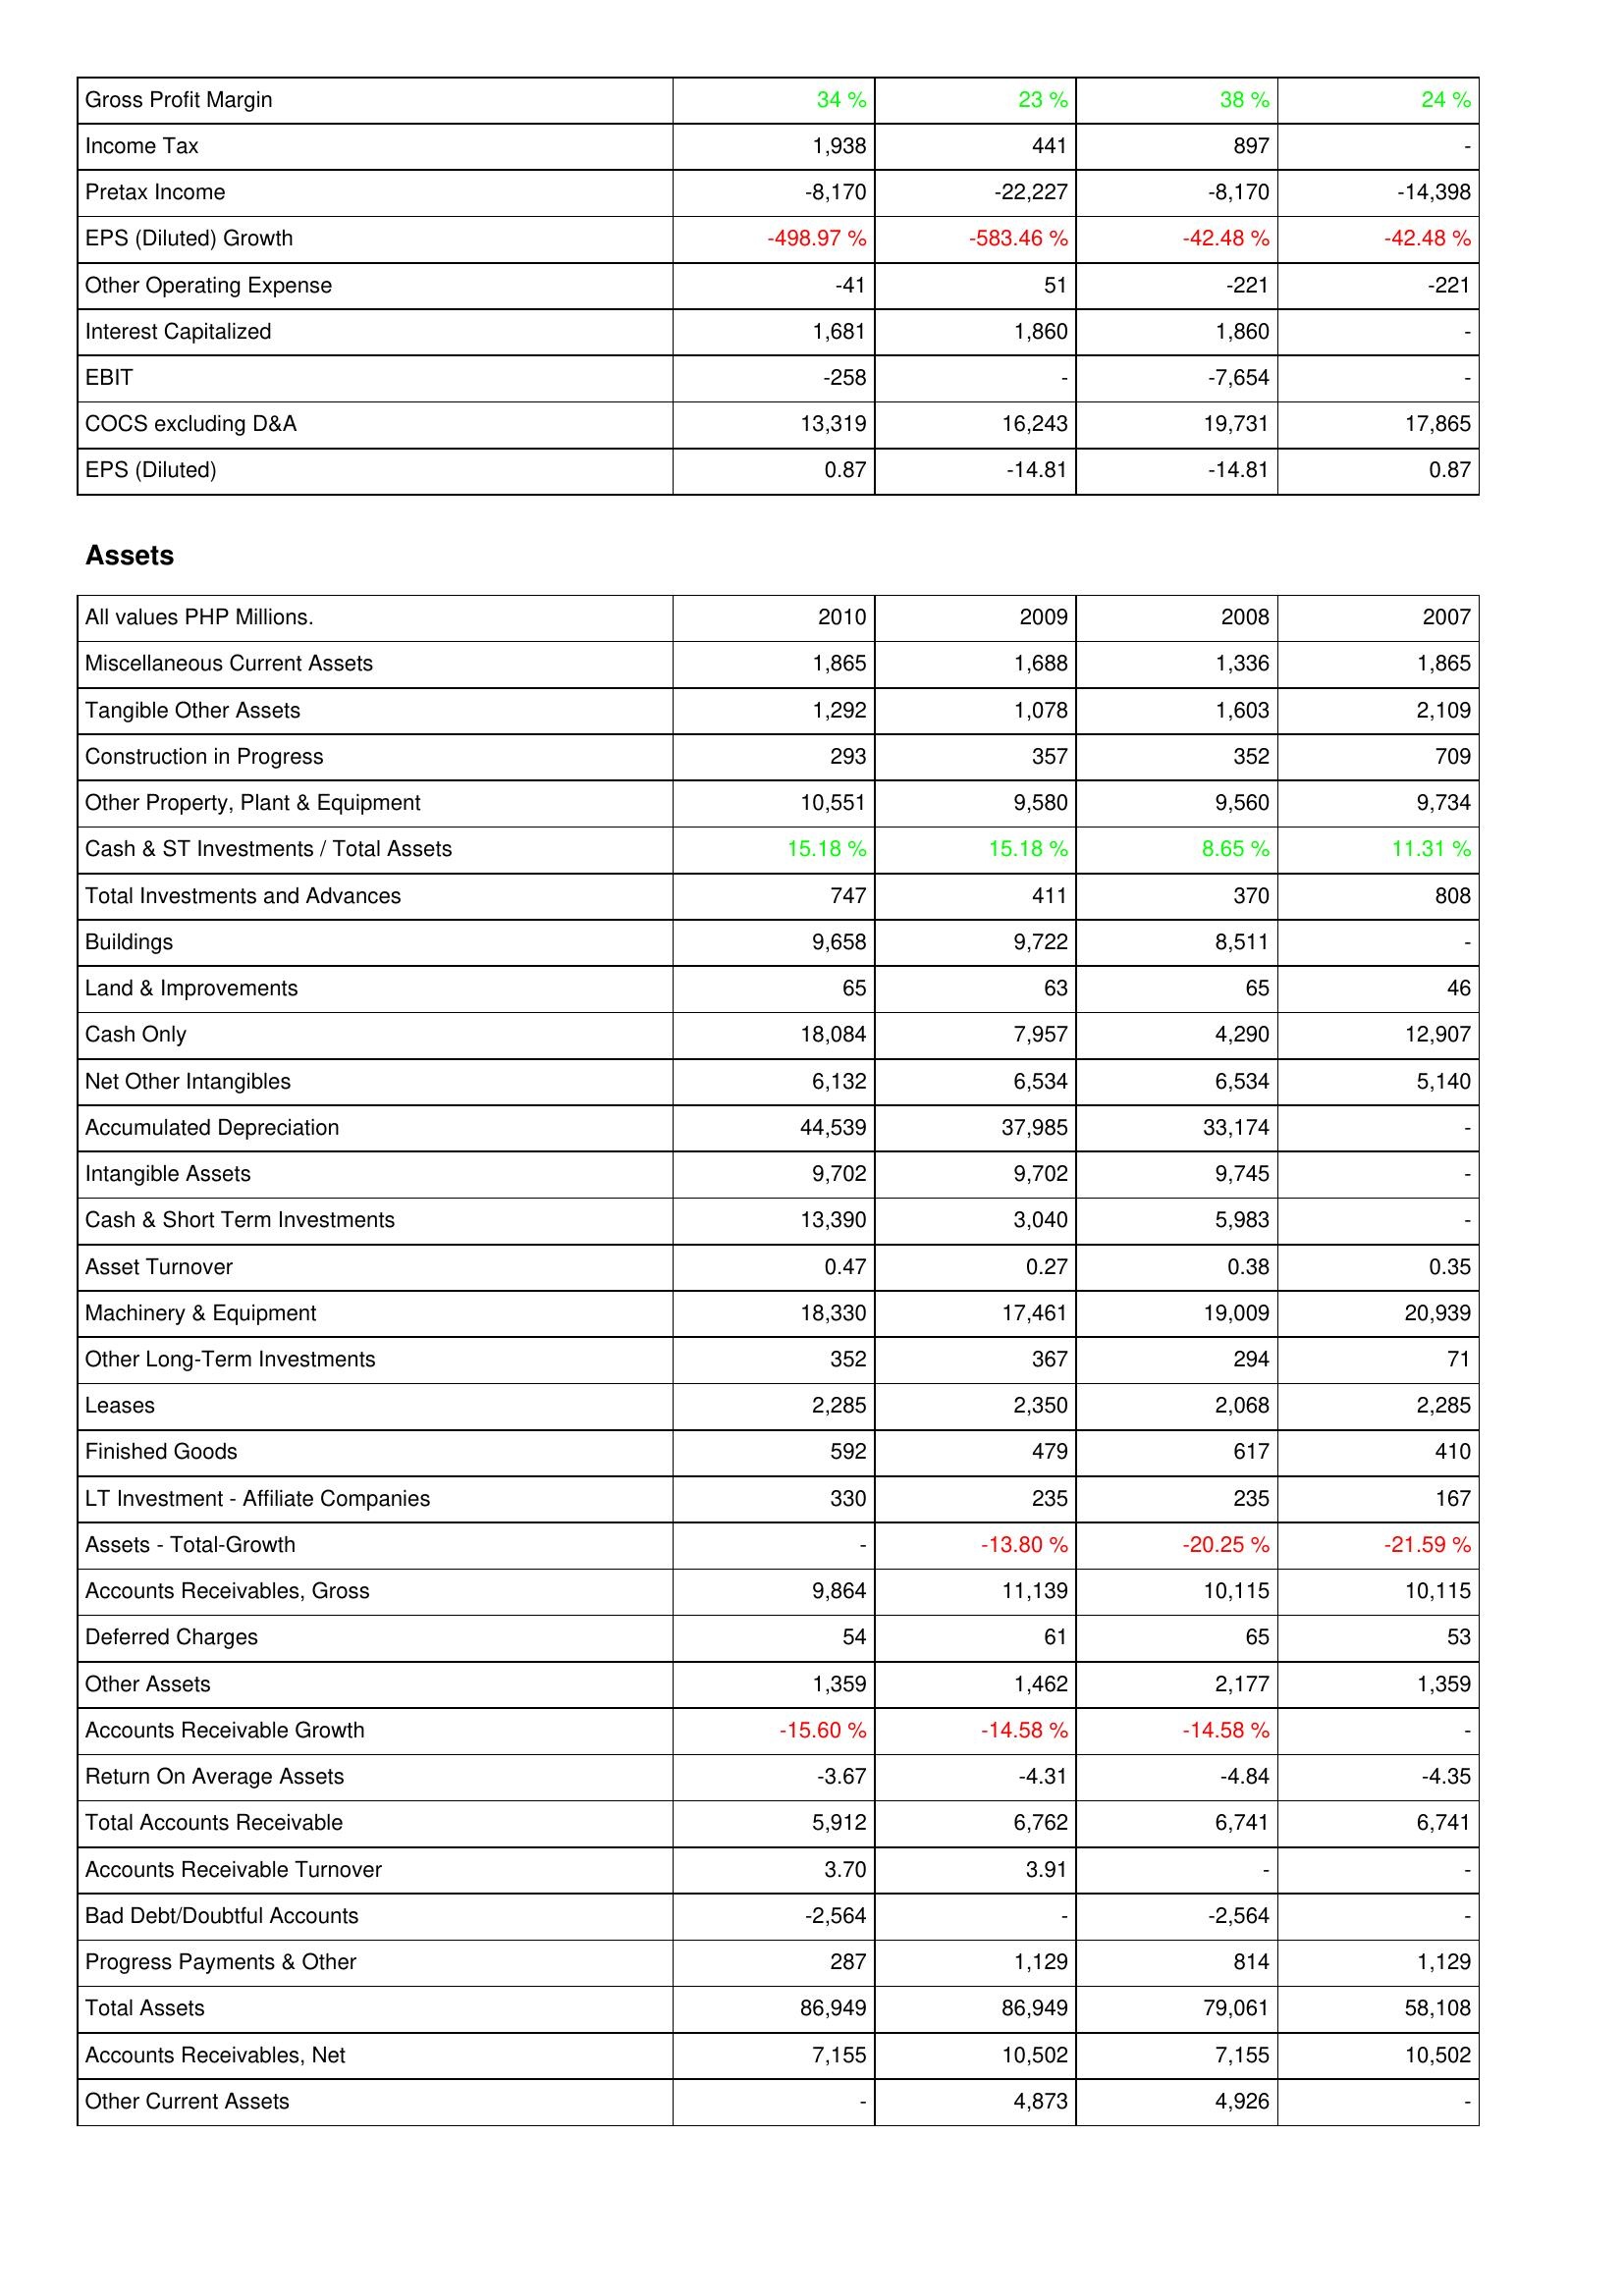
2010: Income Statement: Gross Profit Margin: 34 %
Income Tax: 1,938
Pretax Income: -8,170
EPS (Diluted) Growth: -498.97 %
Other Operating Expense: -41
Interest Capitalized: 1,681
EBIT: -258
COCS excluding D&A: 13,319
EPS (Diluted): 0.87
Assets: Miscellaneous Current Assets: 1,865
Tangible Other Assets: 1,292
Construction in Progress: 293
Other Property, Plant & Equipment: 10,551
Cash & ST Investments / Total Assets: 15.18 %
Total Investments and Advances: 747
Buildings: 9,658
Land & Improvements: 65
Cash Only: 18,084
Net Other Intangibles: 6,132
Accumulated Depreciation: 44,539
Intangible Assets: 9,702
Cash & Short Term Investments: 13,390
Asset Turnover: 0.47
Machinery & Equipment: 18,330
Other Long-Term Investments: 352
Leases: 2,285
Finished Goods: 592
LT Investment - Affiliate Companies: 330
Assets - Total-Growth: -
Accounts Receivables, Gross: 9,864
Deferred Charges: 54
Other Assets: 1,359
Accounts Receivable Growth: -15.60 %
Return On Average Assets: -3.67
Total Accounts Receivable: 5,912
Accounts Receivable Turnover: 3.70
Bad Debt/Doubtful Accounts: -2,564
Progress Payments & Other: 287
Total Assets: 86,949
Accounts Receivables, Net: 7,155
Other Current Assets: -
2009: Income Statement: Gross Profit Margin: 23 %
Income Tax: 441
Pretax Income: -22,227
EPS (Diluted) Growth: -583.46 %
Other Operating Expense: 51
Interest Capitalized: 1,860
EBIT: -
COCS excluding D&A: 16,243
EPS (Diluted): -14.81
Assets: Miscellaneous Current Assets: 1,688
Tangible Other Assets: 1,078
Construction in Progress: 357
Other Property, Plant & Equipment: 9,580
Cash & ST Investments / Total Assets: 15.18 %
Total Investments and Advances: 411
Buildings: 9,722
Land & Improvements: 63
Cash Only: 7,957
Net Other Intangibles: 6,534
Accumulated Depreciation: 37,985
Intangible Assets: 9,702
Cash & Short Term Investments: 3,040
Asset Turnover: 0.27
Machinery & Equipment: 17,461
Other Long-Term Investments: 367
Leases: 2,350
Finished Goods: 479
LT Investment - Affiliate Companies: 235
Assets - Total-Growth: -13.80 %
Accounts Receivables, Gross: 11,139
Deferred Charges: 61
Other Assets: 1,462
Accounts Receivable Growth: -14.58 %
Return On Average Assets: -4.31
Total Accounts Receivable: 6,762
Accounts Receivable Turnover: 3.91
Bad Debt/Doubtful Accounts: -
Progress Payments & Other: 1,129
Total Assets: 86,949
Accounts Receivables, Net: 10,502
Other Current Assets: 4,873
2008: Income Statement: Gross Profit Margin: 38 %
Income Tax: 897
Pretax Income: -8,170
EPS (Diluted) Growth: -42.48 %
Other Operating Expense: -221
Interest Capitalized: 1,860
EBIT: -7,654
COCS excluding D&A: 19,731
EPS (Diluted): -14.81
Assets: Miscellaneous Current Assets: 1,336
Tangible Other Assets: 1,603
Construction in Progress: 352
Other Property, Plant & Equipment: 9,560
Cash & ST Investments / Total Assets: 8.65 %
Total Investments and Advances: 370
Buildings: 8,511
Land & Improvements: 65
Cash Only: 4,290
Net Other Intangibles: 6,534
Accumulated Depreciation: 33,174
Intangible Assets: 9,745
Cash & Short Term Investments: 5,983
Asset Turnover: 0.38
Machinery & Equipment: 19,009
Other Long-Term Investments: 294
Leases: 2,068
Finished Goods: 617
LT Investment - Affiliate Companies: 235
Assets - Total-Growth: -20.25 %
Accounts Receivables, Gross: 10,115
Deferred Charges: 65
Other Assets: 2,177
Accounts Receivable Growth: -14.58 %
Return On Average Assets: -4.84
Total Accounts Receivable: 6,741
Accounts Receivable Turnover: -
Bad Debt/Doubtful Accounts: -2,564
Progress Payments & Other: 814
Total Assets: 79,061
Accounts Receivables, Net: 7,155
Other Current Assets: 4,926
2007: Income Statement: Gross Profit Margin: 24 %
Income Tax: -
Pretax Income: -14,398
EPS (Diluted) Growth: -42.48 %
Other Operating Expense: -221
Interest Capitalized: -
EBIT: -
COCS excluding D&A: 17,865
EPS (Diluted): 0.87
Assets: Miscellaneous Current Assets: 1,865
Tangible Other Assets: 2,109
Construction in Progress: 709
Other Property, Plant & Equipment: 9,734
Cash & ST Investments / Total Assets: 11.31 %
Total Investments and Advances: 808
Buildings: -
Land & Improvements: 46
Cash Only: 12,907
Net Other Intangibles: 5,140
Accumulated Depreciation: -
Intangible Assets: -
Cash & Short Term Investments: -
Asset Turnover: 0.35
Machinery & Equipment: 20,939
Other Long-Term Investments: 71
Leases: 2,285
Finished Goods: 410
LT Investment - Affiliate Companies: 167
Assets - Total-Growth: -21.59 %
Accounts Receivables, Gross: 10,115
Deferred Charges: 53
Other Assets: 1,359
Accounts Receivable Growth: -
Return On Average Assets: -4.35
Total Accounts Receivable: 6,741
Accounts Receivable Turnover: -
Bad Debt/Doubtful Accounts: -
Progress Payments & Other: 1,129
Total Assets: 58,108
Accounts Receivables, Net: 10,502
Other Current Assets: -